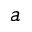
a